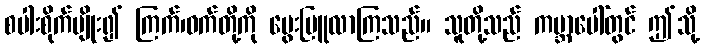
စပါးစိုက်ပျိုး၍ ကြက်၊ဝက်တို့ကို မွေးမြူလာကြသည်။ သူတို့သည် ကမ္ဘာပေါ်တွင် ဤသို့